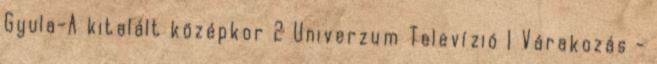
Gyula-A kitalált középkor 2 Univerzum Televízió 1 Várakozás -